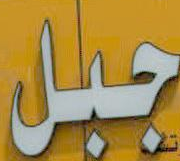
جبل